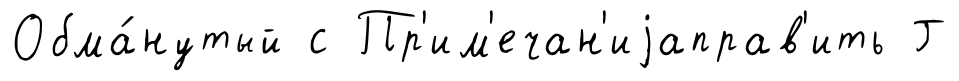
Обма́нутый с Пр'им'ечан'иjаправ'ить Г